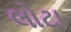
લોટા